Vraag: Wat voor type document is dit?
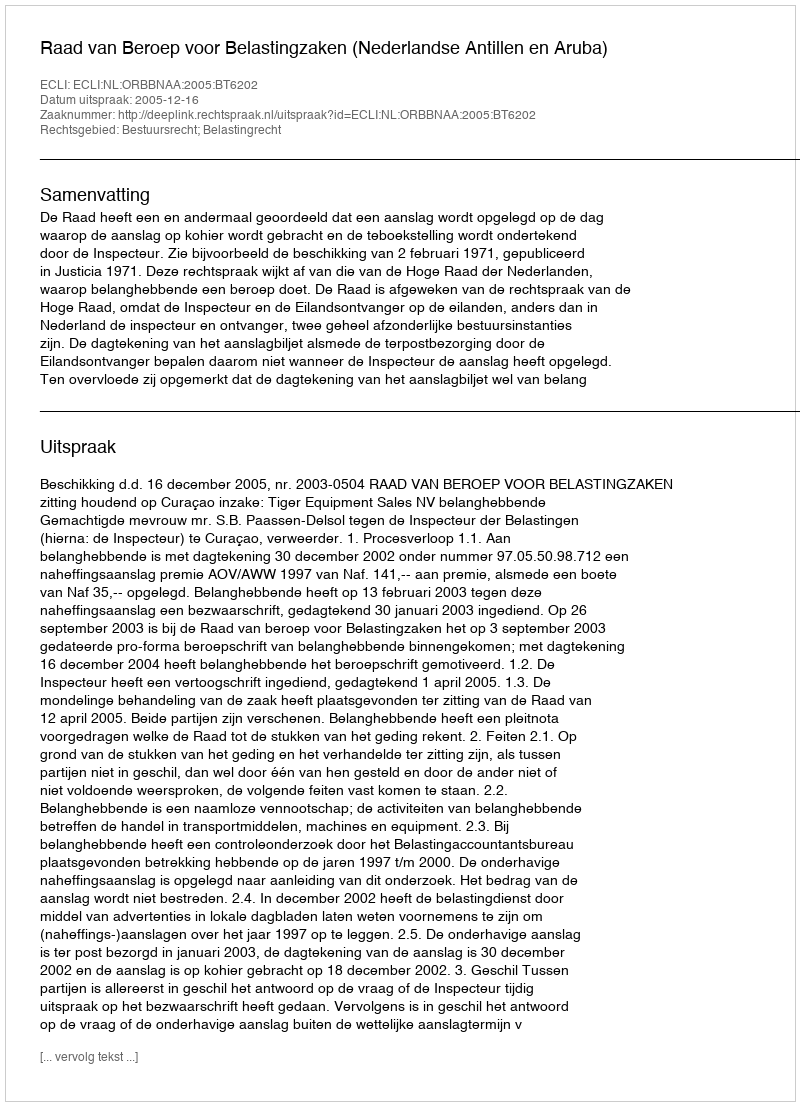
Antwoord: Uitspraak